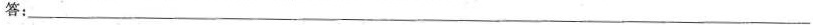
答：___